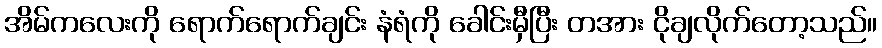
အိမ်ကလေးကို ရောက်ရောက်ချင်း နံရံကို ခေါင်းမှီပြီး တအား ငိုချလိုက်တော့သည်။